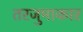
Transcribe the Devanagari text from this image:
तरजुमाकार